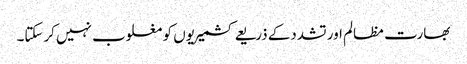
بھارت مظالم اور تشددکے ذریعے کشمیریوں کو مغلوب نہیں کرسکتا۔